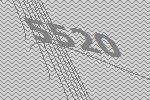
5520